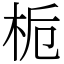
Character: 栀